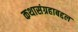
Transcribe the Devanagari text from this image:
कथासंग्रहाबद्दल